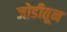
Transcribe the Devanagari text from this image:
जोडीतून